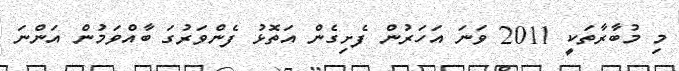
މި މުބާރާތަކީ 2011 ވަނަ އަހަރުން ފެށިގެން އަތޮޅު ފެންވަރުގަ ބާއްވަމުން އަންނަ